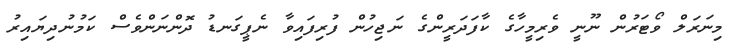
މިނަރަލް ވޯޓަރުން ނޫނީ ވެރިމީހާގެ ކާފަދަރީންގެ ނަޖިހުން ފުރިފައިވާ ނެޕީގަނޑު ދޮންނަންވެސް ކަމުނުދިޔައިރު